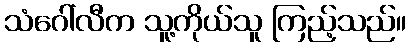
သံဂေါ်လီက သူ့ကိုယ်သူ ကြည့်သည်။